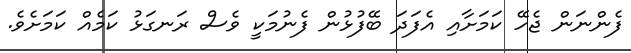
ފެންނަން ޖެހޭ ކަމަށާއި އެފަދަ ބޭފުޅުން ފެނުމަކީ ވެސް ރަނގަޅު ކަމެއް ކަމަށެވެ.